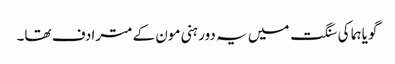
گویا ہما کی سنگت میں یہ دور ہنی مون کے مترادف تھا۔